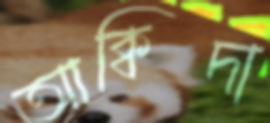
আক্বিদা